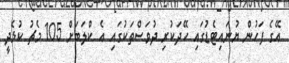
އޭގެ ފަހުން ޔުނައިޓެޑުގައި ހޭދަކުރި ދުވަސްތަކުގައި އެ ކްލަބަށް 105 މެޗު ކުޅެދީ